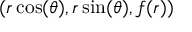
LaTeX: ( r \cos ( \theta ) , r \sin ( \theta ) , f ( r ) )